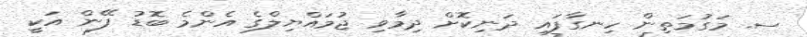
ސ. މަގުމަތިން ހިނގާފައި ދަނިކޮށް ދިމާވި ޖުމައްޔިލްގެ އެންމެ ބޮޑު ފޭން އަކީ